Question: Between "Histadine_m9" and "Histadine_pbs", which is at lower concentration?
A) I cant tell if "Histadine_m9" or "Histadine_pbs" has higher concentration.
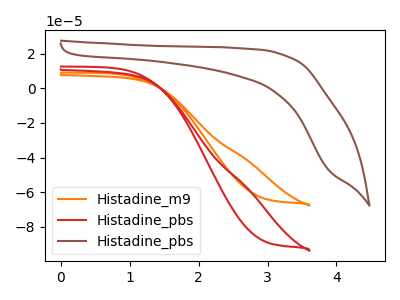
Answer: <think>The orange curve "Histadine_m9" has no peaks. The red curve "Histadine_pbs" has no peaks. The brown curve "Histadine_pbs" has no peaks.
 Neither "Histadine_m9" or "Histadine_pbs" have any peaks.</think>
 <answer>A) I cant tell if "Histadine_m9" or "Histadine_pbs" has higher concentration.</answer>
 <eval>A</eval>